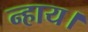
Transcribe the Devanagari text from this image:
न्हाय।